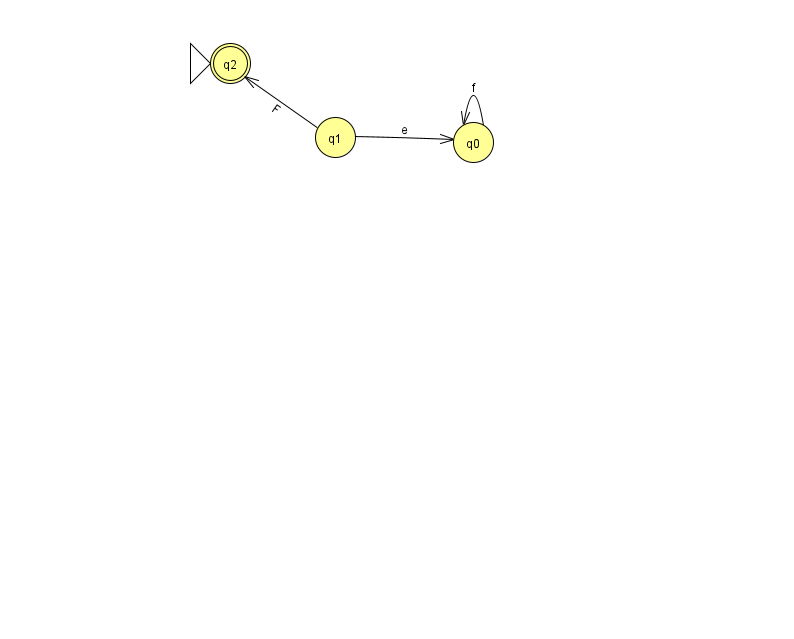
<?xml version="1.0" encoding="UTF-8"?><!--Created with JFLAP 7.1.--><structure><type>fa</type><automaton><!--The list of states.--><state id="0" name="q0"><x>473.0</x><y>129.0</y></state><state id="1" name="q1"><x>335.0</x><y>124.0</y></state><state id="2" name="q2"><x>230.0</x><y>50.0</y><initial/><final/></state><!--The list of transitions.--><transition><from>1</from><to>0</to><read>e</read></transition><transition><from>0</from><to>0</to><read>f</read></transition><transition><from>1</from><to>2</to><read>F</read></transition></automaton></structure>